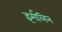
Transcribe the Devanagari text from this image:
इर्मलिन